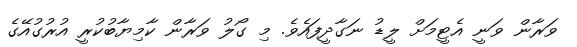
ވަރާން ވަނީ އެޓީމަށް ލީޑު ނަގާދީފައެވެ. މި ގޯލު ވަރާން ކާމިޔާބުކުރީ އުރުގުއޭގެ